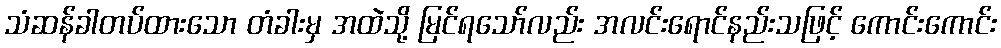
သံဆန်ခါတပ်ထားသော တံခါးမှ အထဲသို့ မြင်ရသော်လည်း အလင်းရောင်နည်းသဖြင့် ကောင်းကောင်း